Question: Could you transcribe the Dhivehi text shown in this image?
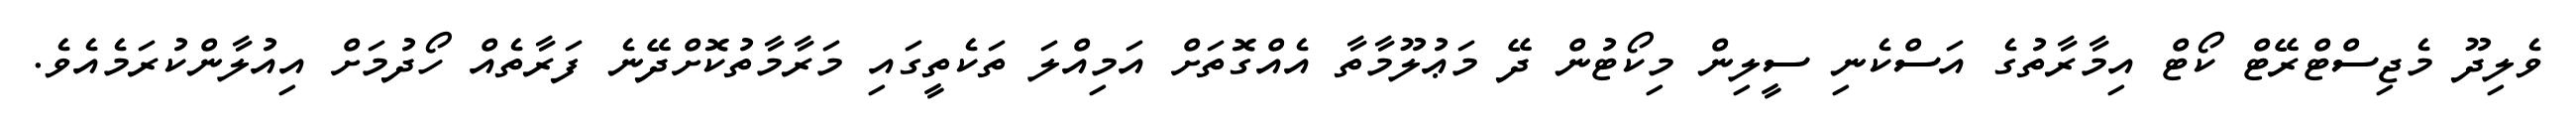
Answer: ވެލިދޫ މެޖިސްޓްރޭޓް ކޯޓް އިމާރާތުގެ އަސްކެނި ސީލިން މިކޯޓުން ދޭ މަޢުލޫމާތާ އެއްގޮތަށް އަމިއްލަ ތަކެތީގައި މަރާމާތުކޮށްދޭނެ ފަރާތެއް ހޯދުމަށް އިއުލާންކުރަމެއެވެ.